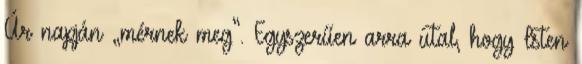
Úr napján „mérnek meg”. Egyszerűen arra utal, hogy Isten